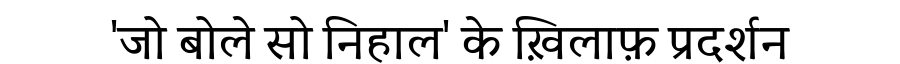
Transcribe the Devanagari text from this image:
'जो बोले सो निहाल' के ख़िलाफ़ प्रदर्शन